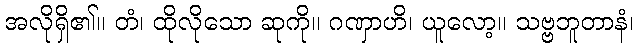
အလိုရှိ၏။ တံ၊ ထိုလိုသော ဆုကို။ ဂဏှာဟိ၊ ယူလော့။ သဗ္ဗဘူတာနံ၊